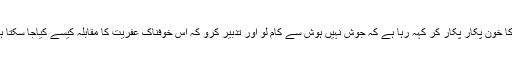
ان کا خون پکار پکار کر کہہ رہا ہے کہ جوش نہیں ہوش سے کام لو اور تدبیر کرو کہ اس خوفناک عفریت کا مقابلہ کیسے کیاجا سکتا ہے۔